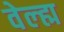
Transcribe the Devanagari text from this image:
वेल्ह्म